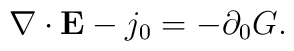
\nabla\cdot {\bf E} - j_0 = -\partial_0 G.